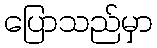
ပြောသည်မှာ